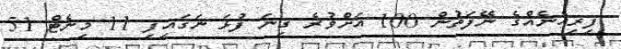
ފިރިހެނެއްގެ ނޭފަތުން 100 އަށްވުރެ ގިނަ ފުޅަ ނަގައިފި 11 މިނެޓް 51